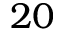
2 0